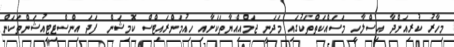
މިހާރު ކުރިއަށްދާ އިސްލާހީ މަސައްކަތްތަކުގައި މަދަނީ ޖަމްއިއްޔާތަކަށާއި ހިއުމަންރައިޓްސް ކޮމިޝަން ފަދަ އިންސްޓިޓިއުޝަންތަކަން